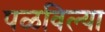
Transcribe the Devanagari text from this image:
पळविल्या